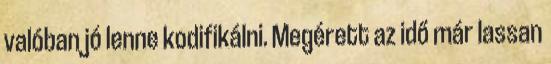
valóban jó lenne kodifikálni. Megérett az idő már lassan